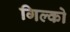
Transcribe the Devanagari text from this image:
गिल्को